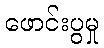
ဖောင်းပွမှု